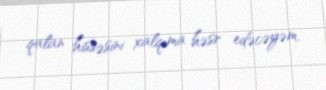
qalan hissəsini xalqıma həsr edəcəyəm.